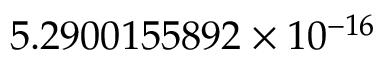
5 . 2 9 0 0 1 5 5 8 9 2 \times 1 0 ^ { - 1 6 }